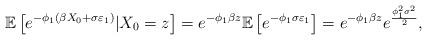
LaTeX: \begin{align*}\mathbb{E}\left[e^{-\phi_1(\beta X_0+\sigma \varepsilon _1)} | X_0=z\right]= e^{-\phi_1\beta z} \mathbb{E}\left[e^{-\phi_1 \sigma \varepsilon_1}\right]=e^{-\phi_1\beta z}e^{\frac{\phi_1^2\sigma^2}{2}},\end{align*}